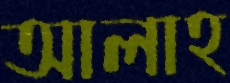
আলাহ